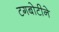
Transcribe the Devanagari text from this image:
टगबोटीने